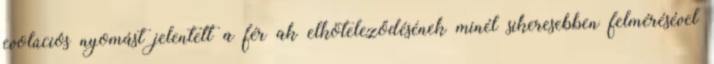
evolúciós nyomást jelentett a férﬁak elköteleződésének minél sikeresebben felmérésével